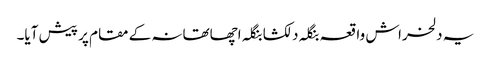
یہ دلخراش واقعہ بنگلہ دلکشا بنگلہ اچھاتھانہ کے مقام پر پیش آیا۔